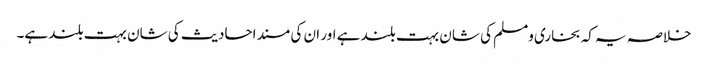
خلاصہ یہ کہ بخاری ومسلم کی شان بہت بلند ہے اور ان کی مسند احادیث کی شان بہت بلند ہے۔